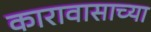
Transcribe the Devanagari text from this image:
कारावासाच्या